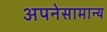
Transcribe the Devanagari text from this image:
अपनेसामान्य